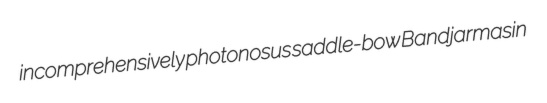
incomprehensively photonosus saddle-bow Bandjarmasin